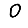
Digit: 0